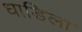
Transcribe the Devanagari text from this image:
धाडिला